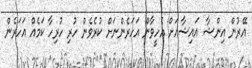
އޭރުން އިންޝާ އައިޝާއަށް އެހީވާން އަހަރެންނަށް ކުރެވެން ހުރި ހުރިހާ ކަމެއް އަހަރެން